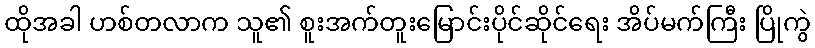
ထိုအခါ ဟစ်တလာက သူ၏ စူးအက်တူးမြောင်းပိုင်ဆိုင်ရေး အိပ်မက်ကြီး ပြိုကွဲ